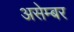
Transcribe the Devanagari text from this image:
असेम्बर